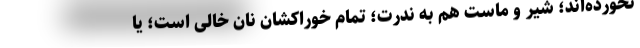
نخورده‌اند؛ شیر و ماست هم به ندرت؛ تمام خوراکشان نان خالی است؛ یا